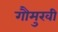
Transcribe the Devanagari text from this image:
गौमुखी